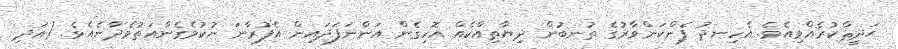
ޙަދީޘްކުރެއްވިއެވެ. އެހިނދު ފެންކަންވާރުގެ ތުނބުން ދިޔާތިއްކެއް އޮހިގެން އަންނަފަދައިން އެފުރާނަ ނުކުމެގެންއަތުވެދާނެއެވެ. (އަދި